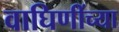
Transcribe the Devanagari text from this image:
वाघिणींच्या